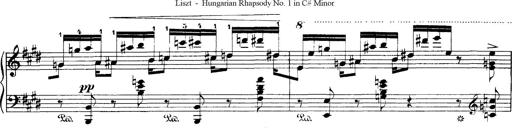
Title: Hungarian Rhapsody No.1
Composer: Franz Liszt
Key: C-sharp minor